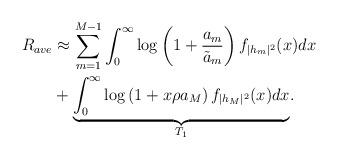
LaTeX: \begin{align*}R_{ave} &\approx \sum^{M-1}_{m=1}\int^{\infty}_{0}\log \left(1 + \frac{ a_m}{\tilde{a}_m} \right) f_{|h_m|^2}(x)dx\\ & +\underset{T_1}{\underbrace{\int^{\infty}_{0}\log \left(1 + x\rho a_M \right) f_{|h_M|^2}(x)dx}}.\end{align*}